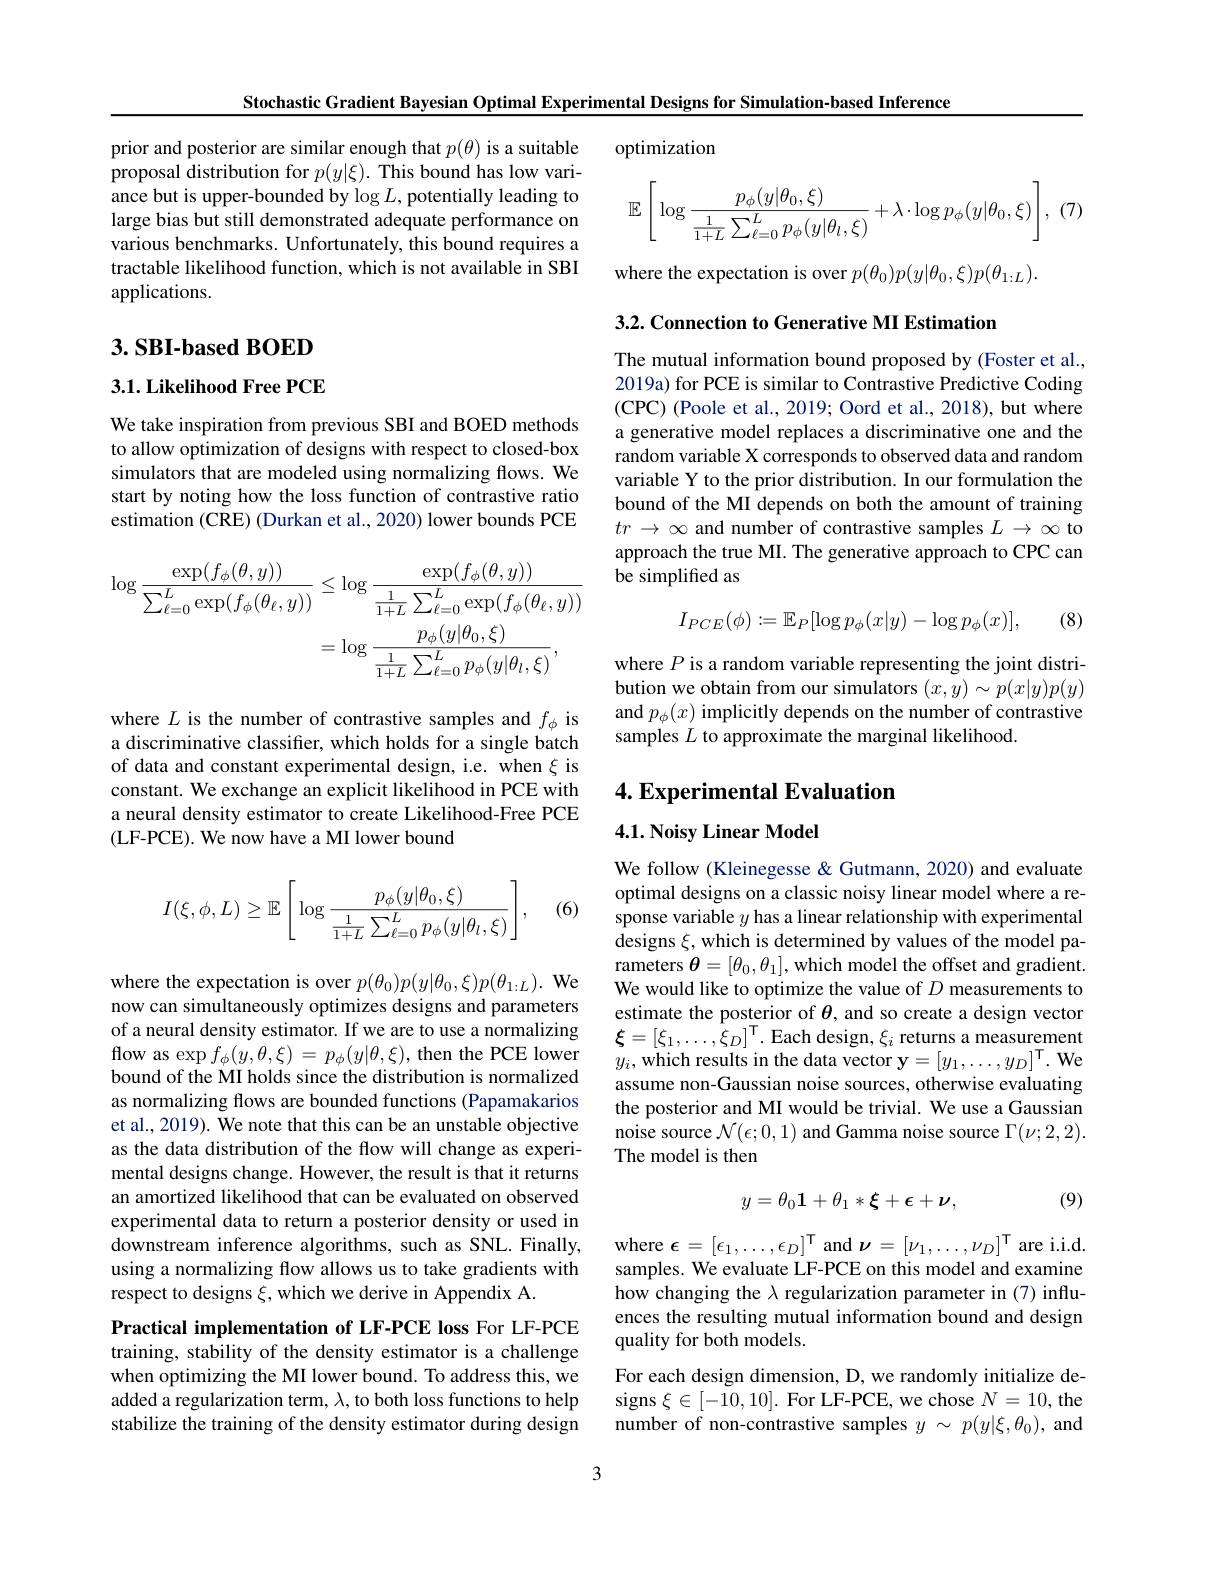
Stochastic Gradient Bayesian Optimal Experimental Designs for Simulation-based Inference

optimization
$$\mathbb{E}\left[\log\frac{p_\phi(y|\theta_0,\xi)}{\frac{1}{1+L}\sum_{\ell=0}^Lp_\phi(y|\theta_l,\xi)}+\lambda\cdot\log p_\phi(y|\theta_0,\xi)\right],$$
prior and posterior are similar enough that $p(\theta)$ is a suitable proposal distribution for $p(y|\xi).$ This bound has low variance but is upper-bounded by $\log L$, potentially leading to large bias but still demonstrated adequate performance on various benchmarks. Unfortunately, this bound requires a tractable likelihood function, which is not available in SBI applications.

where the expectation is over $p(\theta_0)p(y|\theta_0,\xi)p(\theta_{1:L}).$

3.2. Connection to Generative MI Estimation

## $3. \textbf{SBI- based BOED}$

$3. 1. \textbf{Likelihood Free PCE}$

The mutual information bound proposed by (Foster et al., 2019a) for PCE is similar to Contrastive Predictive Coding (CPC) ( Poole et al. , 2019; Oord et al. , 2018) , but where a generative model replaces a discriminative one and the random variable X corresponds to observed data and random variable Y to the prior distribution. In our formulation the bound of the MI depends on both the amount of training $tr\to\infty$ and number of contrastive samples $L\to\infty$ to approach the true MI. The generative approach to CPC can be simplifed as

We take inspiration from previous SBI and BOED methods to allow optimization of designs with respect to closed-box simulators that are modeled using normalizing flows. We start by noting how the loss function of contrastive ratio estimation (CRE) (Durkan et al., 2020) lower bounds PCE
$$\begin{aligned}\log\frac{\exp(f_{\phi}(\theta,y))}{\sum_{\ell=0}^{L}\exp(f_{\phi}(\theta_{\ell},y))}&\leq\log\frac{\exp(f_{\phi}(\theta,y))}{\frac{1}{1+L}\sum_{\ell=0}^{L}\exp(f_{\phi}(\theta_{\ell},y))}\\&=\log\frac{p_{\phi}(y|\theta_{0},\xi)}{\frac{1}{1+L}\sum_{\ell=0}^{L}p_{\phi}(y|\theta_{l},\xi)},\end{aligned}$$
(8)
$$I_{PCE}(\phi):=\mathbb{E}_P[\log p_\phi(x|y)-\log p_\phi(x)],$$
where $P$ is a random variable representing the joint distribution we obtain from our simulators $(x,y)\sim p(x|y)p(y)$ and $p_\phi(x)$ implicitly depends on the number of contrastive samples $L$ to approximate the marginal likelihood

where $L$ is the number of contrastive samples and $f_\phi$ is a discriminative classifier, which holds for a single batch of data and constant experimental design, i.e. when $\xi$ is constant. We exchange an explicit likelihood in PCE with a neural density estimator to create Likelihood-Free PCE (LF-PCE). We now have a MI lower bound

## 4. Experimental Evaluation

4.1. Noisy Linear Model
$$I(\xi,\phi,L)\geq\mathbb{E}\left[\log\frac{p_\phi(y|\theta_0,\xi)}{\frac{1}{1+L}\sum_{\ell=0}^{L}p_\phi(y|\theta_l,\xi)}\right],$$
(6)

We follow (Kleinegesse & Gutmann, 2020) and evaluate optimal designs on a classic noisy linear model where a response variable $y$ has a linear relationship with experimental designs $\xi$, which is determined by values of the model parameters $\theta=[\theta_0,\theta_1]$, which model the offset and gradient. We would like to optimize the value of $D$ measurements to estimate the posterior of $\theta$, and so create a design vector $\xi=[\xi_{1},\ldots,\dot{\xi}_{D}]^{\mathrm{T}}.$ Each design$,\xi_i$ returns a measurement $y_{i}$, which results in the data vector $\mathbf{y} = [ y_1, \ldots , y_D] ^{\mathrm{T} }.$ We assume non-Gaussian noise sources, otherwise evaluating the posterior and MI would be trivial. We use a Gaussian noise source $\mathcal{N}(\epsilon;0,1)$ and Gamma noise source $\Gamma(\nu;2,2).$ The model is then

where the expectation is over $p(\theta_0)p(y|\theta_0,\xi)p(\theta_{1:L}).$ We now can simultaneously optimizes designs and parameters of a neural density estimator. If we are to use a normalizing ${\mathrm{flow~as~exp~}f_{\phi}(y,\theta,\xi)~=~p_{\phi}(y|\theta,\xi),~\mathrm{then~the~PCE~lower}}$ bound of the MI holds since the distribution is normalized as normalizing flows are bounded functions (Papamakarios et al., 2019). We note that this can be an unstable objective as the data distribution of the flow will change as experimental designs change. However, the result is that it returns an amortized likelihood that can be evaluated on observed experimental data to return a posterior density or used in downstream inference algorithms, such as SNL.Finally, using a normalizing flow allows us to take gradients with respect to designs $\xi$, which we derive in Appendix A.

(9)
$$y=\theta_0\mathbf{1}+\theta_1*\xi+\epsilon+\nu,$$
where $\epsilon=[\epsilon_1,\ldots,\epsilon_D]^{\mathsf{T}}$ and $\nu=[\nu_1,\ldots,\nu_D]^{\mathsf{T}}$ are i.i.d. samples. We evaluate LF-PCE on this model and examine how changing the $\lambda$ regularization parameter in (7) influences the resulting mutual information bound and design quality for both models.
For each design dimension, D, we randomly initialize designs $\xi\in[-10,10].$ For LF-PCE, we chose $N=10$, the number of non-contrastive samples $y~\sim~p(y|\xi,\theta_0)$, and

Practical implementation of LF-PCE loss For LF-PCE training, stability of the density estimator is a challenge when optimizing the MI lower bound. To address this, we added a regularization term, $\lambda$, to both loss functions to help stabilize the training of the density estimator during design

3